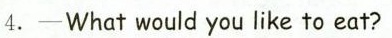
4. -What would you like to eat?